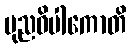
ပုညဝိပါကောတိ